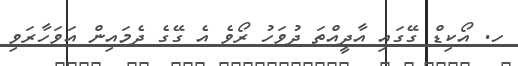
ހ. އޯކިޑް ގޭގައި އާދީއްތަ ދުވަހު ރޯވެ އެ ގޭގެ ދެމައިން އަވަހާރަވި